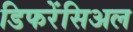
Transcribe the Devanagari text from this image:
डिफरेंसिअल